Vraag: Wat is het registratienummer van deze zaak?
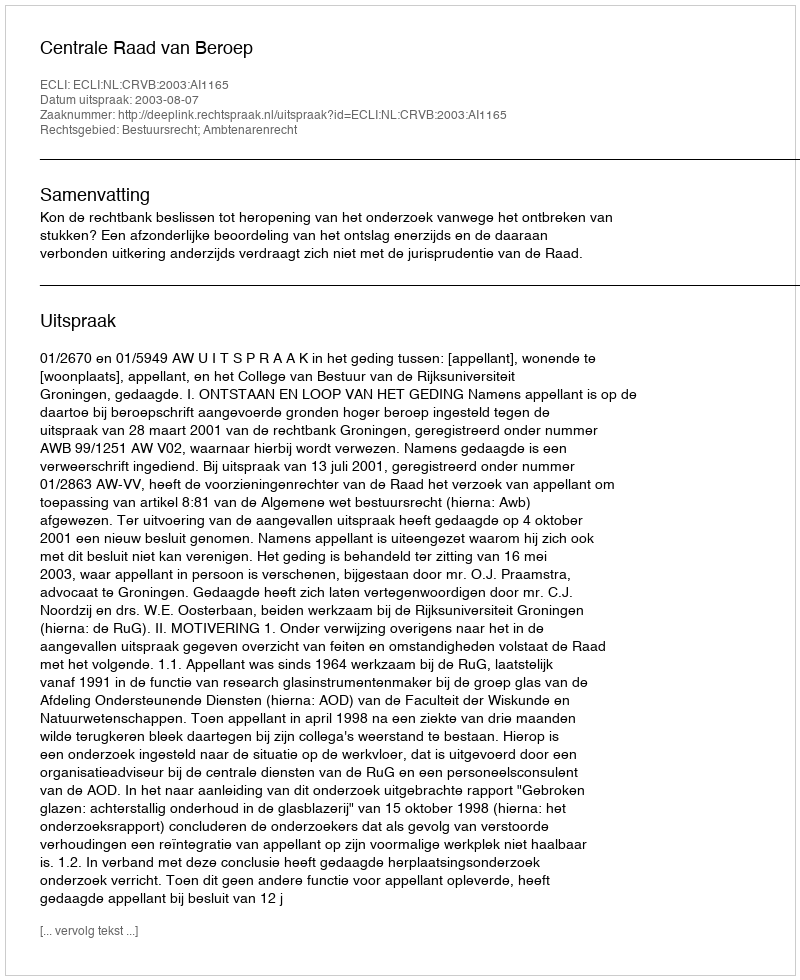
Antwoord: http://deeplink.rechtspraak.nl/uitspraak?id=ECLI:NL:CRVB:2003:AI1165